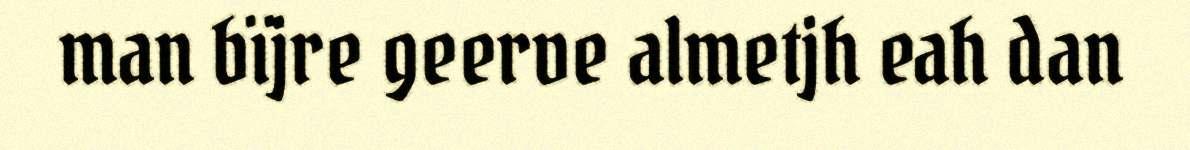
man bïjre geerve almetjh eah dan